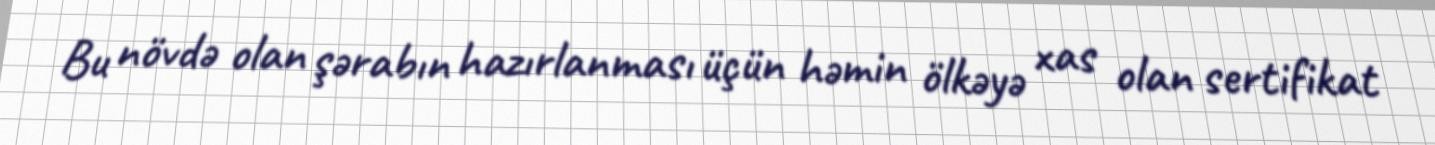
Bu növdə olan şərabın hazırlanması üçün həmin ölkəyə xas olan sertifikat